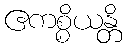
ဧကစ္စိယန္တိ